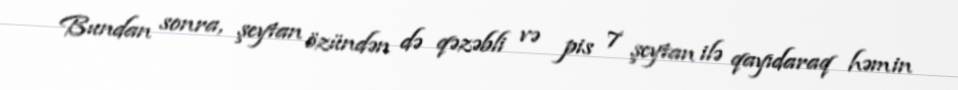
Bundan sonra, şeytan özündən də qəzəbli və pis 7 şeytan ilə qayıdaraq həmin